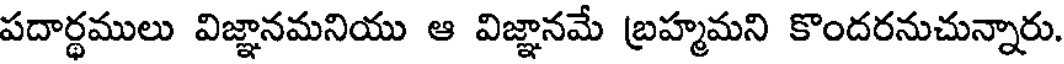
పదార్థములు విజ్ఞానమనియు ఆ విజ్ఞానమే బ్రహ్మమని కొందరనుచున్నారు.